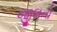
જીલતો